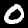
Digit: 0